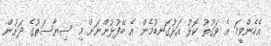
އެހެންވީމަ އެ ވަގުތު ކޮޅު އަޅުގަނޑުމެން އެ ބޭފުޅުންނަށް މި ސިޔާސަތުގެ ދަށުން